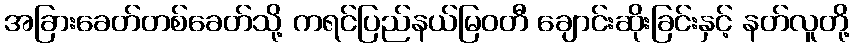
အခြားခေတ်တစ်ခေတ်သို့ ကရင်ပြည်နယ်မြဝတီ ချောင်းဆိုးခြင်းနှင့် နတ်လူတို့